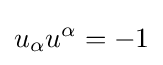
u_{\alpha }u^{\alpha }=-1